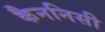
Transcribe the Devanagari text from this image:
कैननिसी